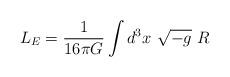
LaTeX: \begin{align*}L_E=\frac1{16\pi G}\int d^3x \ \sqrt{-g}\ R\end{align*}